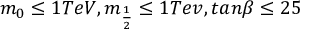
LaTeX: m _ { 0 } \leq 1 T e V , m _ { \frac { 1 } { 2 } } \leq 1 T e v , t a n \beta \leq 2 5